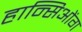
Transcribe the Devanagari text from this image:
हान्सिओंग